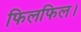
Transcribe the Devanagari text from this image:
फिलफिल।